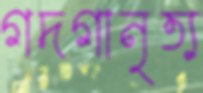
গদগানৃত্য